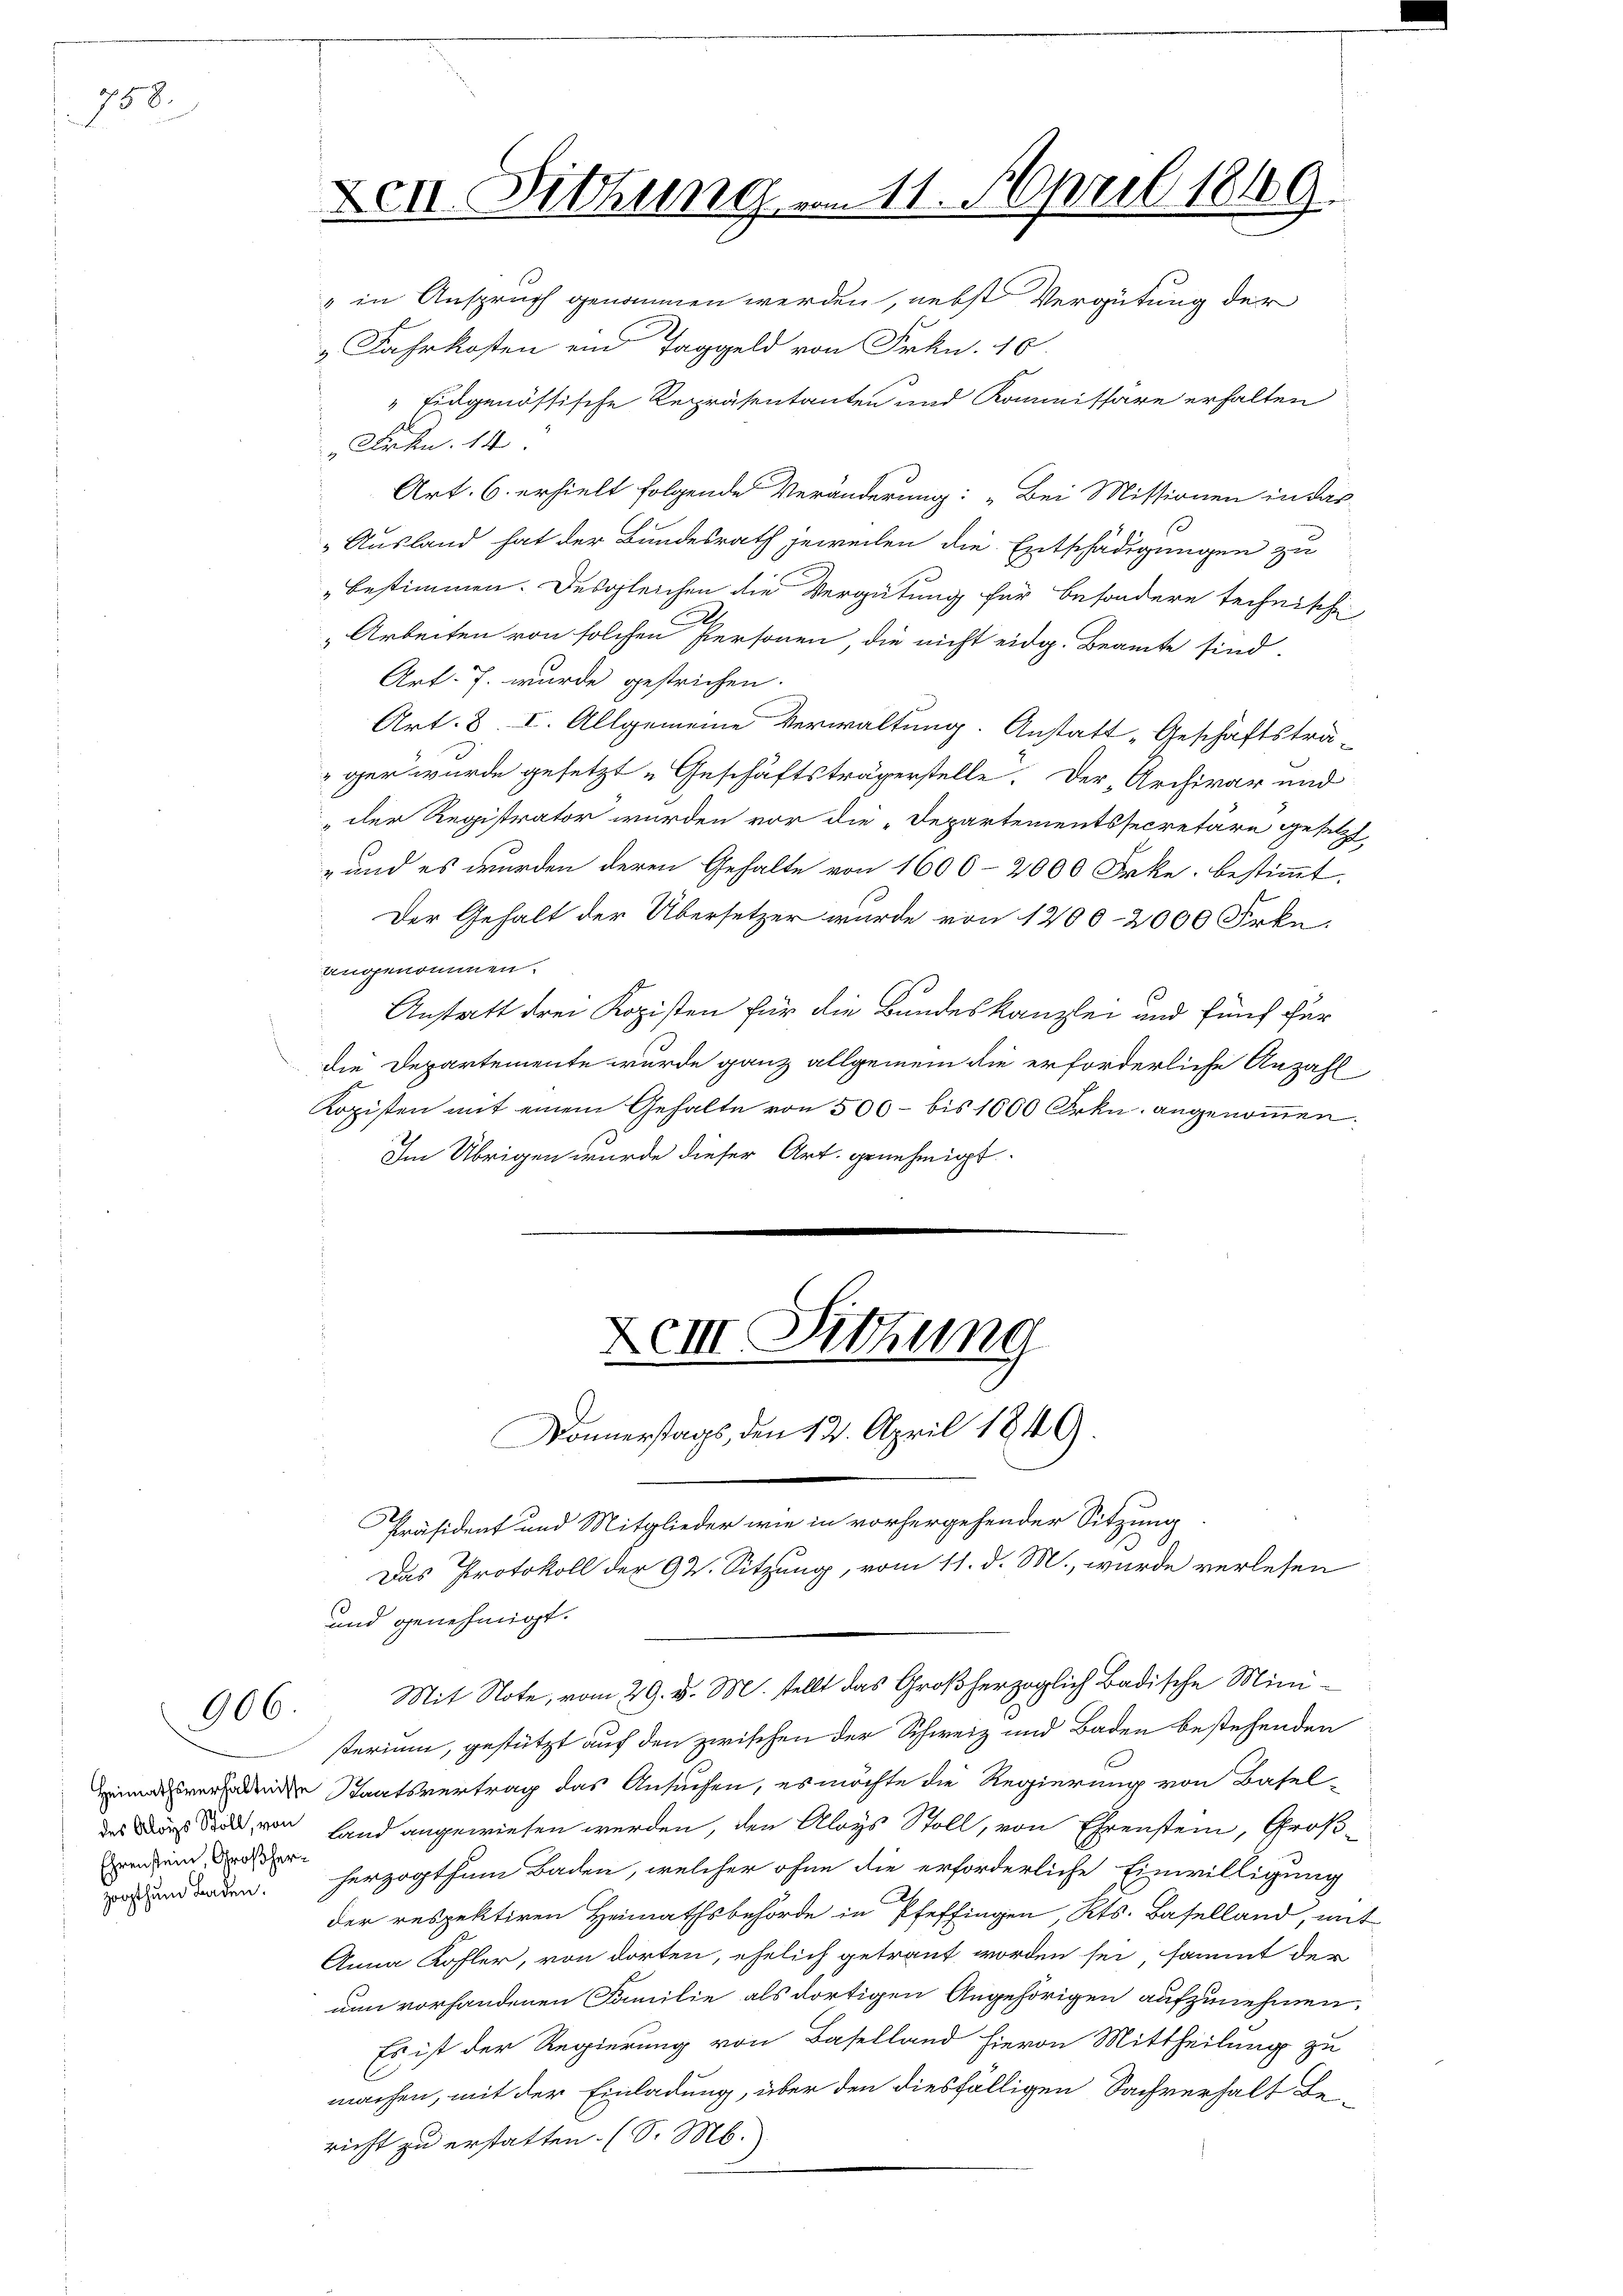
758.

006.

Ehrenstein, Großher¬

Den Sitzung am 11. April 1869.
" in Anspruch genommen werden, nebst Vergütung der

" Fahrkosten ein Taggeld von Frkn. 16.
" Eidgenössische Repräsentanten und Kommissäre erhalten
al
Arkn. 14.
Art. 6. erhielt folgende Veränderung: „Bei Missionen in das
Ausland hat der Bundesrath jeweilen die Entschädigungen zu
„bestimmen. Desgleichen die Vergütung für besondere technische
„Arbeiten von solchen Personen, die nicht eidg. Beamte sind.
Art. 7. wurde gestrichen.
Art. 8. I. Allgemeine Verwaltung. Anstatt „Geschäftsträ-
ger wurde gesetzt „Geschäftsträgerstelle. Der „Archivar und
"der Registrator wurden vor die „Departementssecretäre gesetzt
" und es wurden deren Gehalte von 1600-2000 Frke. bestimmt.
Der Gehalt der Übersetzer wurde von 1200-2000 Frkn.
Ungenommen.
Anstatt drei Kopisten für die Bundeskanzlei und fünf für
die Departemente wurde ganz allgemein die erforderliche Anzahl
Kopisten mit einem Gehalte von 500 - bis 1600 Frkn. angenommen.
Im Übrigen wurde dieser Art. genehmigt.

XIII Sitzung
Donnerstags, den 12. April 1849.

Präsident und Mitglieder wie in vorhergehender Sitzung.
Das Protokoll der 92. Sitzung, vom 11. d. M., wurde verlesen
und genehmigt.
sterium, gestützt auf den zwischen der Schweiz und Baden bestehenden
de Staatsvertrag das Ansuchen, es möchte die Regierung von Basel-
das das doch von Land angewiesen werden, den Aloys Stoll, von Ehrenstein, Großoden werden. Herzogthum Baden, welcher ohne die erforderliche Einwilligung
der respektiren Heimathsbehörde in Pfeffingen Kts. Baselland, mit
Anna Köfler, von dorten, ehelich getraut worden sei, sammt der
nun vorhandenen Familie als dortigen Angehörigen aufzunehmen.
Es ist der Regierung von Baselland hievon Mittheilung zu
machen, mit der Einladung, über den diesfälligen Sachverhalt Be-
richt zu erstatten. (S. M.

Mit Note, vom 29. v. M. stellt das Großherzoglich Badische Mini¬